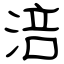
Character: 涪